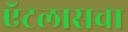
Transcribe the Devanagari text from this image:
ऍटलासचा